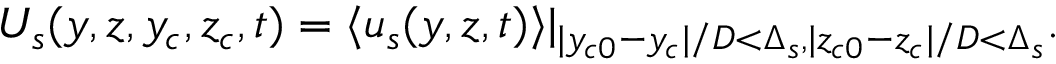
U _ { s } ( y , z , y _ { c } , z _ { c } , t ) = \langle u _ { s } ( y , z , t ) \rangle | _ { | y _ { c 0 } - y _ { c } | / D < \Delta _ { s } , | z _ { c 0 } - z _ { c } | / D < \Delta _ { s } } .